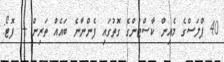
40 ޕްލަސްގެ މެއިން ކާސްޓުންގެ ގޮތުގައި ފެންނާނެ ބައެއް ތަރިން --- ފޮޓޯ: